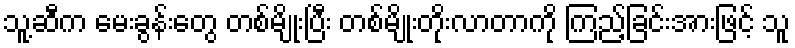
သူ့ဆီက မေးခွန်းတွေ တစ်မျိုးပြီး တစ်မျိုးတိုးလာတာကို ကြည့်ခြင်းအားဖြင့် သူ